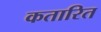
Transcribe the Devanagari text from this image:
कतारित